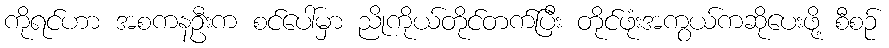
ကိုရင်ဟာ အစကနဦးက စင်ပေါ်မှာ ညိုကိုယ်တိုင်တက်ပြီး တိုင်ဖုံးအကွယ်ကဆိုပေးဖို့ စီစဉ်